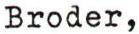
Broder,